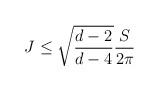
LaTeX: \begin{align*}J \leq \sqrt{\frac{d-2}{d-4}} \frac{S}{2 \pi}\end{align*}